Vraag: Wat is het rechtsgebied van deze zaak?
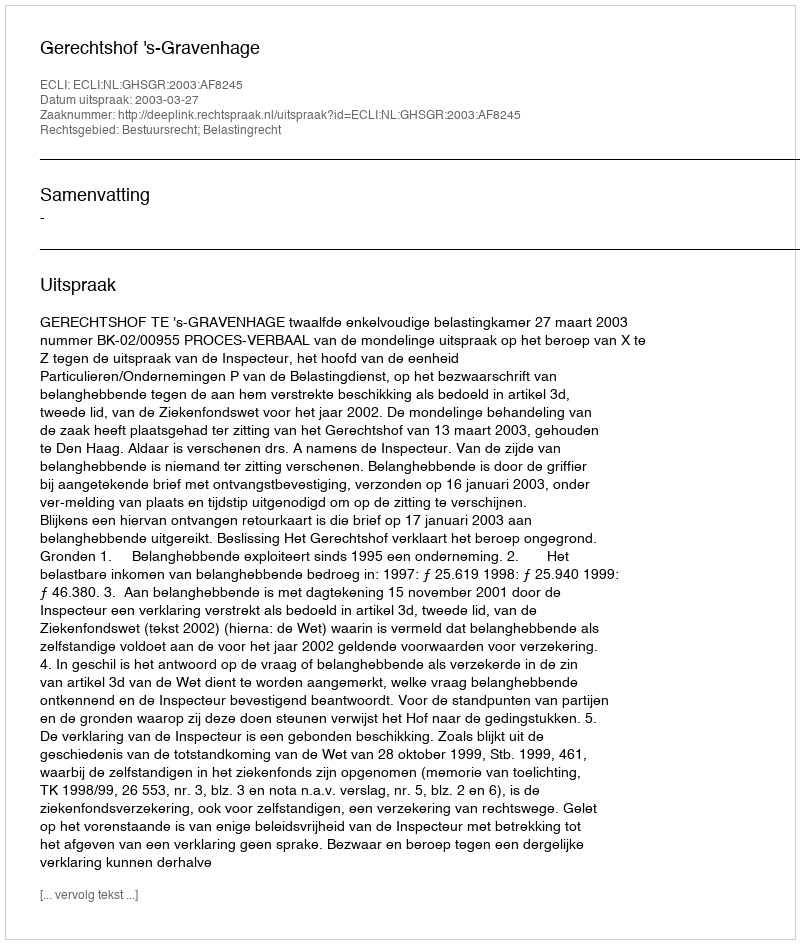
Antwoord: Bestuursrecht; Belastingrecht